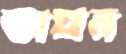
অঘন